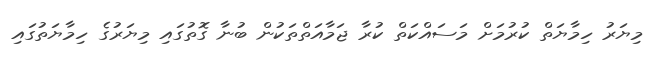
މިޔަރު ހިމާޔަތް ކުރުމަށް މަސައްކަތް ކުރާ ޖަމާއަތްތަކުން ބުނާ ގޮތުގައި މިޔަރުގެ ހިމާޔަތުގައި